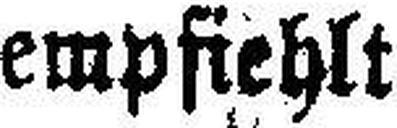
empfiehlt